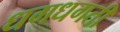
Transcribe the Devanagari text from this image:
धगधगती